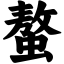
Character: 螯